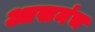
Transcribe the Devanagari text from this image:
आसनंच